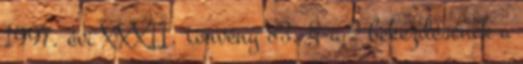
1997. évi XXXII. törvény 83. §-a 2 bekezdésének a